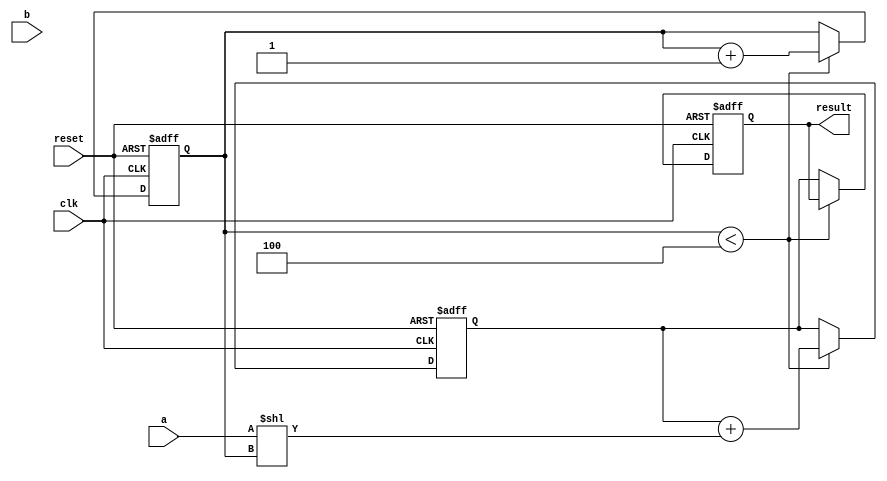
module multiplier(
    input wire clk,
    input wire reset,
    input wire [7:0] a,
    input wire [7:0] b,
    output reg [15:0] result
);

reg [15:0] partial_product;
reg [3:0] counter;

always @(posedge clk or posedge reset) begin
    if (reset) begin
        result <= 16'b0;
        partial_product <= 16'b0;
        counter <= 4'b0;
    end else begin
        if (counter < 4) begin
            partial_product <= partial_product + (a << counter);
            counter <= counter + 1;
        end else begin
            result <= partial_product;
        end
    end
end

endmodule